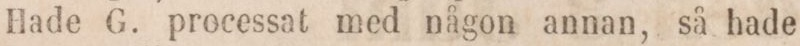
Hade G. processat med någon annan, så hade